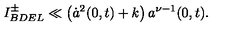
I _ { B D E L } ^ { \pm } \ll \left( \dot { a } ^ { 2 } ( 0 , t ) + k \right) a ^ { \nu - 1 } ( 0 , t ) .